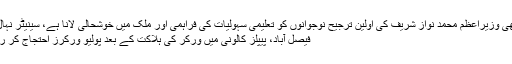
نجم سیٹھی وزیراعظم محمد نواز شریف کی اولین ترجیح نوجوانوں کو تعلیمی سہولیات کی فراہمی اور ملک میں خوشحالی لانا ہے، سینیٹر نہال ہاشمی
فیصل آباد، پیپلز کالونی میں ورکر کی ہلاکت کے بعد پولیو ورکرز احتجاج کر رہے ہیں۔